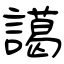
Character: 譪